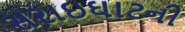
સરાઇઘાટની